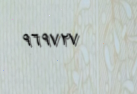
٩٦٩٧٢٧